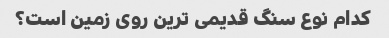
کدام نوع سنگ قدیمی ترین روی زمین است؟